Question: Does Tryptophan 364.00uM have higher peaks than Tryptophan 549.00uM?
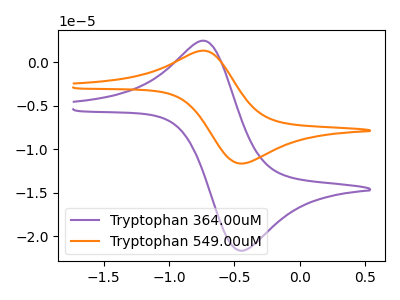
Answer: <think>The purple curve "Tryptophan 364.00uM" has an anodic peak at (-0.70V, 2.45uA) and a cathodic peak at (-0.45V, -21.70uA). The orange curve "Tryptophan 549.00uM" has an anodic peak at (-0.70V, 1.30uA) and a cathodic peak at (-0.45V, -11.65uA).</think>
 <answer>Every peak in "Tryptophan 364.00uM" is higher than every peak in "Tryptophan 549.00uM".</answer>
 <eval>higher</eval>